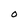
Character: 0